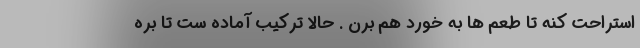
استراحت کنه تا طعم ها به خورد هم برن . حالا ترکیب آماده ست تا بره